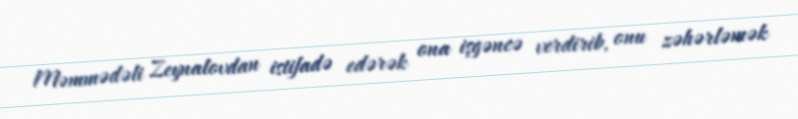
Məmmədəli Zeynalovdan istifadə edərək ona işgəncə verdirib, onu zəhərləmək